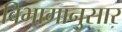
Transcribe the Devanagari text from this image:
विभागानुसार